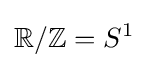
\mathbb {R} /\mathbb {Z} =S^{1}